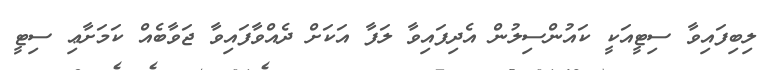
ލިބިފައިވާ ސިޓީއަކީ ކައުންސިލުން އެދިފައިވާ ލަފާ އަކަށް ދެއްވާފައިވާ ޖަވާބެއް ކަމަށާޢި ސިޓީ